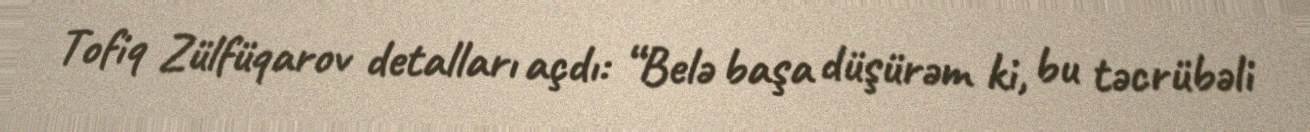
Tofiq Zülfüqarov detalları açdı: “Belə başa düşürəm ki, bu təcrübəli